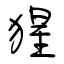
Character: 猩